Vaccination in Burma 1889-1999 - 1889-1999
Year: 1889
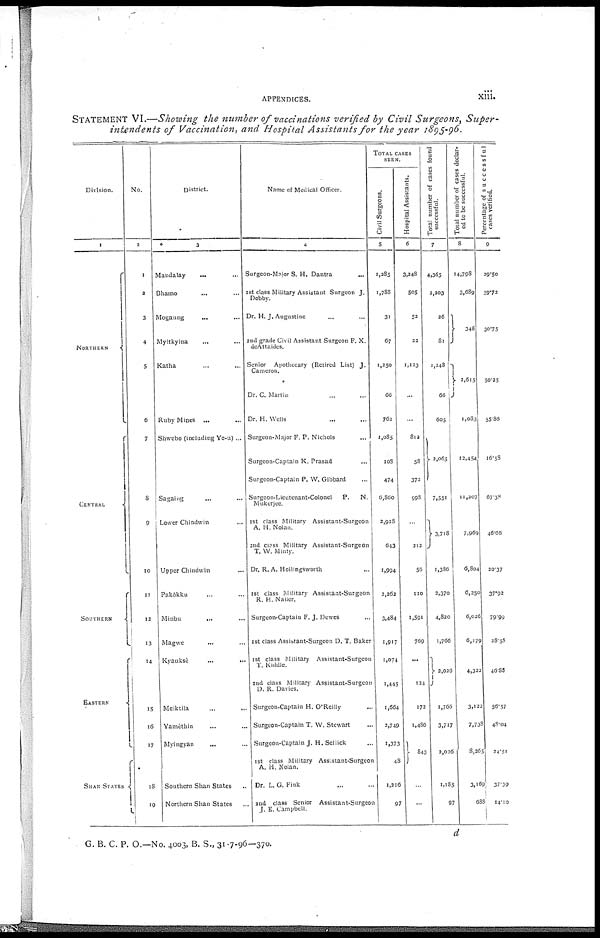
APPENDICES.
xiii.
STATEMENT VI.—Showing the number of vaccinations verified by Civil Surgeons, Super-
intendents of Vaccination, and Hospital Assistants for the year 1895-96.
Division.
1
NORTHERN
CENTRAL
SOUTHERN
EASTERN
SHAN STATES
No.
2
1
2
3
4
5
6
7
8
9
10
11
12
13
14
15
16
17
18
19
District.
3
Mandalay ... ...
Bhamo ... ...
Mogaung ... ...
Myitkyina ... ...
Katha ... ...
Ruby Mines
...
...
Shwebo (including Ye-u) ...
Sagaing ... ...
Lower Chindwin ... ...
Upper Chindwin ... ...
Pakôkku ... ...
Minbu
...
...
Magwe ... ...
Kyauksè
...
...
Meiktila ... ...
Yamethin ... ...
Myingyan ... ...
Southern Shan States...
Northern Shan States ...
Name of Medical Officer.
4
Surgeon-Major S. H. Dantra ...
1st class Military Assistant Surgeon J.
nobby.
Dr. H. J. Augustine ... ...
2nd grade Civil Assistant Surgeon P. X.
deAttaides.
Senior Apothecary (Retired List) J.
Cameron.
Dr. C. Martin
Dr. H. Wells ... ...
Surgeon-Major P. P. Nichols ...
Surgeon-Captain K. Prasad ...
Surgeon-Captain P. W. Gibbard ...
Surgeon-Lieutenant-Colonel
P.
N.
Mukerjee.
1st class Military Assistant-Surgeon
A. H. Nolan.
2nd class Military Assistant-Surgeon
T. W. Minty.
Dr. R. A. Hollingsworth ...
1st class Military Assistant-Surgeon
R. H. Nailer.
Surgeon-Captain F. J. Dewes ...
1st class Assitant-Surgeon D. T. Baker
1st class Military Assistant-Surgeon
T. Kiddle.
2nd class Military Assistant-Surgeon
D. R. Davies.
Surgeon-Captain H. O Reilly ...
Surgeon-Captain T. W. Stewart ...
Surgeon-Captain J, H.Sellick ...
1 st class Military Assistant-Surgeon
A. H. Nolan.
Dr. L. G. Fink ...
2nd class Senior Assistant-Surgeon
J. E. Campbell.
TOTAL CASES
SEEN.
Civil Surgeons.
5
1,285
1,788
31
67
1,250
66
762
1,085
108
474
6,860
2,928
643
1,994
2,262
3,484
1,917
1,074
1,445
1,664
2,749
1,373
48
1,216
97
Hospital Assistants.
6
3,248
505
52
22
1,123
...
...
812
58
372
998
...
212
56
110
1,591
769
...
124
172
1,486
843
...
...
Total number of cases found
successful.
7
4,365
2,203
26
81
1,248
66
605
2,655
7,551
3,718
1,386
2,370
4,820
1,766
2,026
1,766
3,717
2,026
1,185
97
Total number of cases declar-
ed to be successful.
8
14,798
3,689
348
2,615
1,083
12,454
11,207
7,969
6,804
6,250
6,026
6,179
4,322
3,122
7,738
8,265
3,169
688
Percentage of successful
cases verified.
9
39.50
59.72
30.75
50.25
55.86
16.58
67.38
46.66
20.37
37.92
79.99
28.58
46.88
56.57
48.04
24.51
37.39
14.10
d
G. B. C. P. O.—No. 4003, B. S., 31-7-96—370.